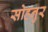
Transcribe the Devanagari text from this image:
सोहनुर